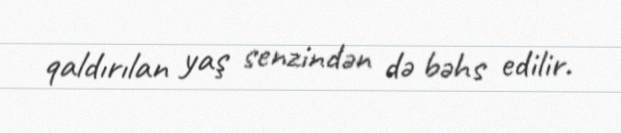
qaldırılan yaş senzindən də bəhs edilir.